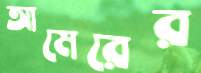
আমেরের